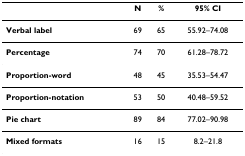
|  | N | % | 95% CI |
 | --- | --- | --- | --- |
 | Verbal label | 69 | 65 | 55.92–74.08 |
 | Percentage | 74 | 70 | 61.28–78.72 |
 | Proportion-word | 48 | 45 | 35.53–54.47 |
 | Proportion-notation | 53 | 50 | 40.48–59.52 |
 | Pie chart | 89 | 84 | 77.02–90.98 |
 | Mixed formats | 16 | 15 | 8.2–21.8 |